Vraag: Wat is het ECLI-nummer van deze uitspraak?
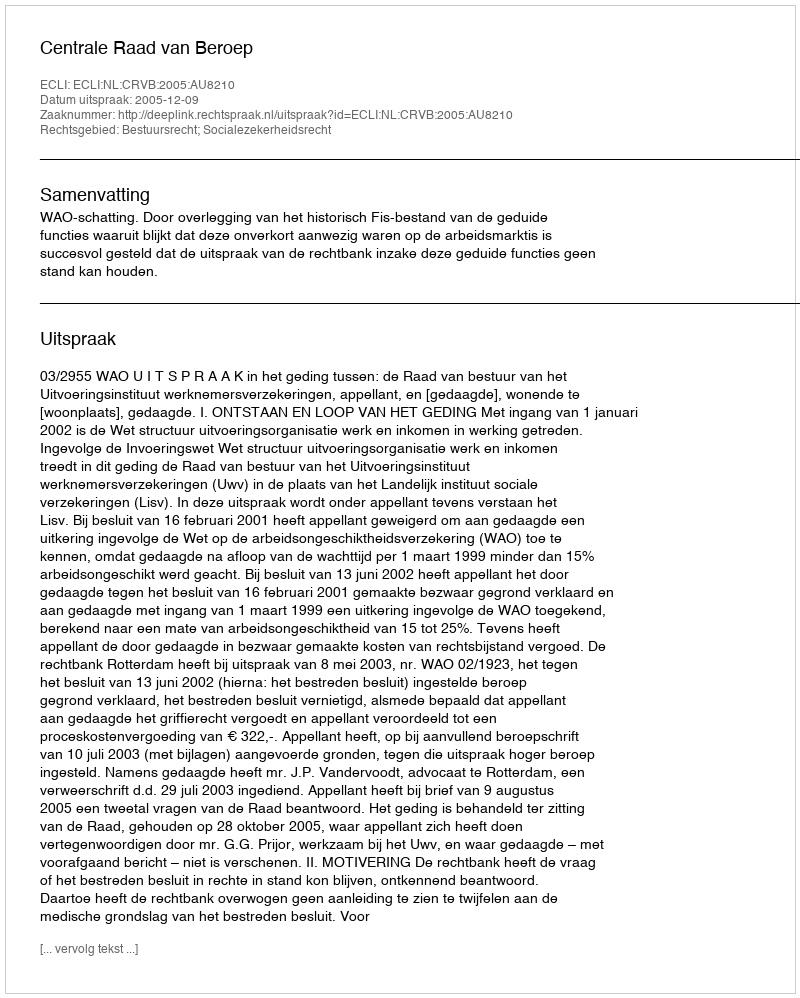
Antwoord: ECLI:NL:CRVB:2005:AU8210